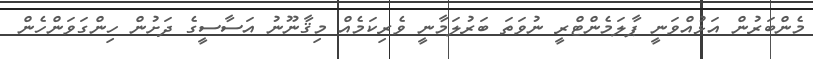
މެންބަރުން އަޅުއްވަނީ ޕާލަމެންޓްރީ ނުވަތަ ބަރުލަމާނީ ވެރިކަމެއް މިޤާނޫނު އަސާސީގެ ދަށުން ހިންގަވަންހެން